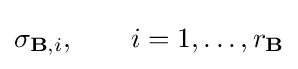
\sigma _{\mathbf {B} ,i},\qquad i=1,\ldots ,r_{\mathbf {B} }